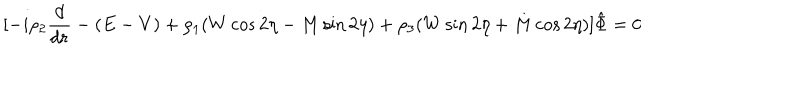
LaTeX: \lbrack - i \rho _ { 2 } { \frac { d } { d r } } - ( E - V ) + \rho _ { 1 } ( W \cos 2 \eta - M \sin 2 \eta ) + \rho _ { 3 } ( W \sin 2 \eta + M \cos 2 \eta ) \rbrack \hat { \Phi } = 0